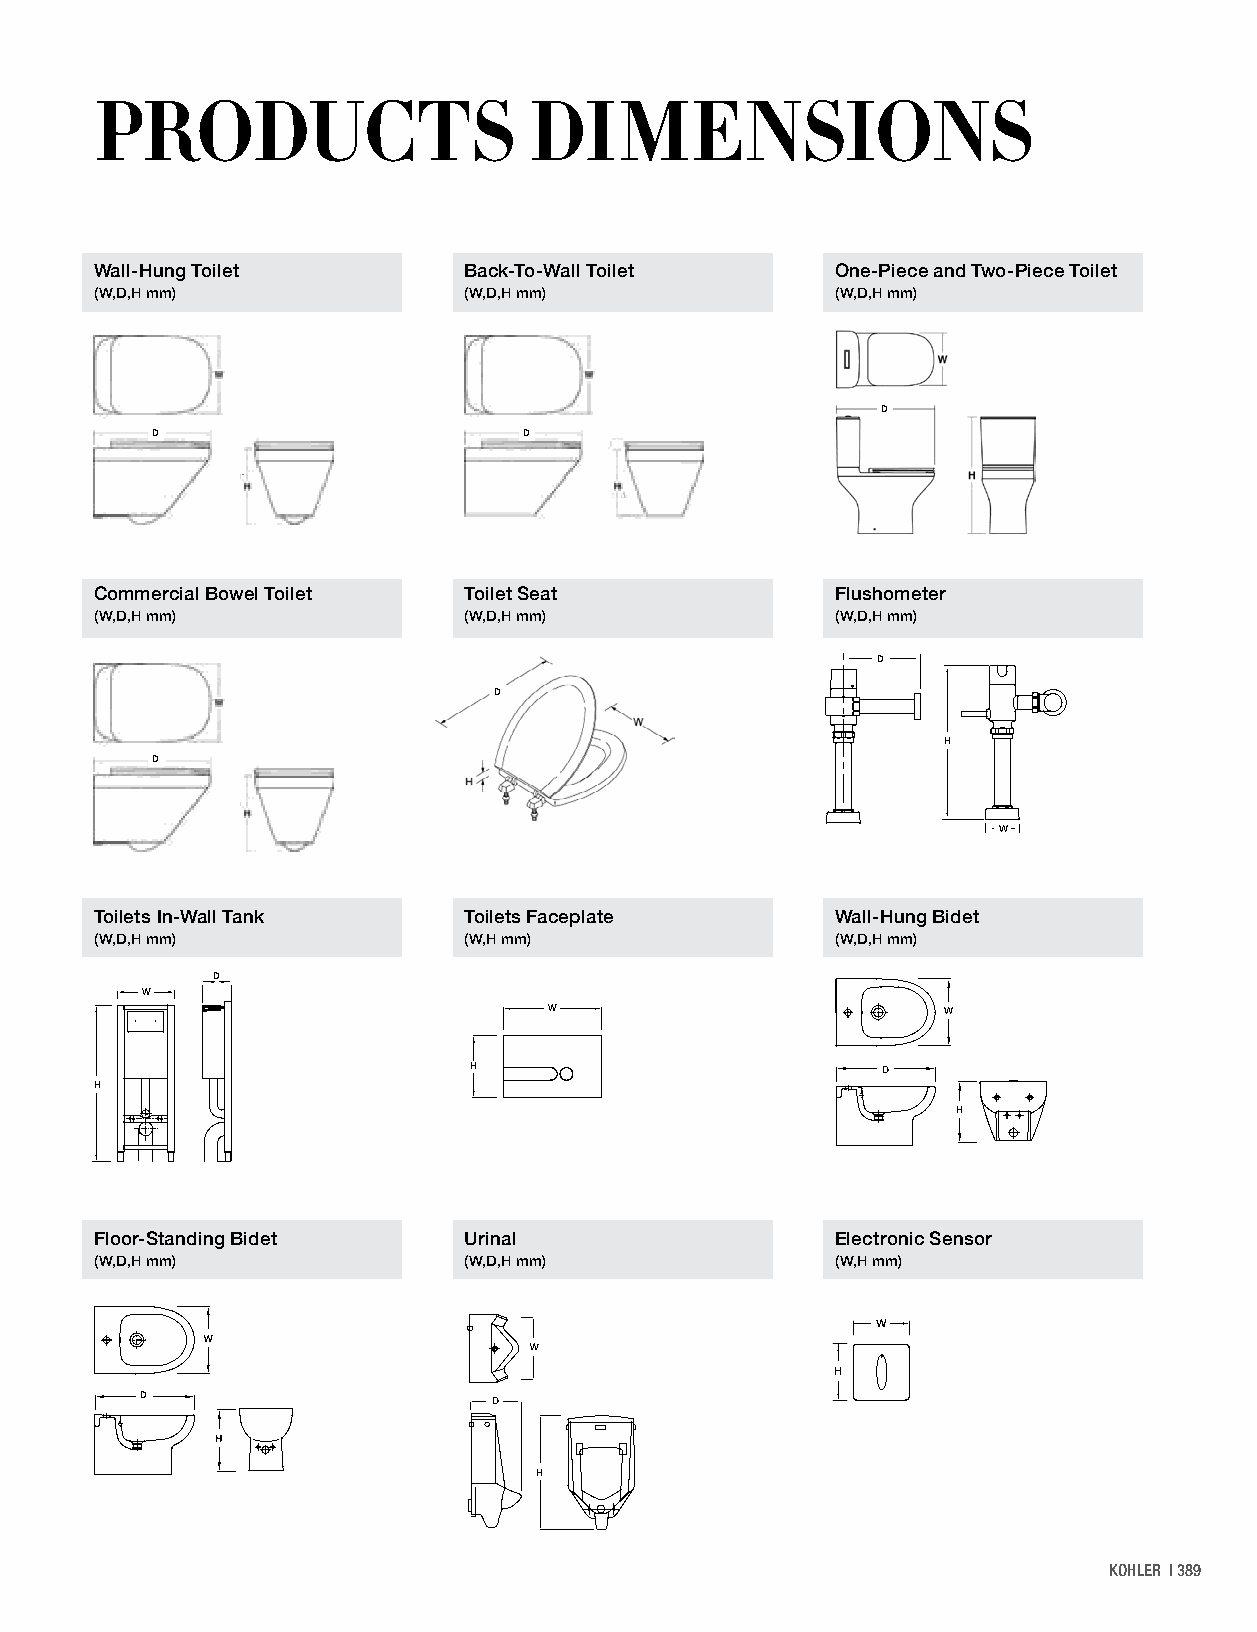
PRODUCTS                     DIMENSIONS
 Wall-Hung Toilet         Back-To-Wall Toilet     One-Piece and Two-Piece Toilet
 (W,D,H mm)               (W,D,H mm)              (W,D,H mm)
 D
 D                        D
 Commercial Bowel Toilet  Toilet Seat             Flushometer
 (W,D,H mm)               (W,D,H mm)              (W,D,H mm)
 DL
 LD
 H
 D
 W
 Toilets In-Wall Tank     Toilets Faceplate       Wall-Hung Bidet
 (W,D,H mm)               (W,H mm)                (W,D,H mm)
 D
 W
 W                         W
 H                          D
 H
 H
 Floor-Standing Bidet     Urinal                  Electronic Sensor
 (W,D,H mm)               (W,D,H mm)              (W,H mm)
 H
 D                       D
 H
 KOHLER | 389